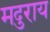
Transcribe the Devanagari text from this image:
मदुराय